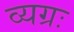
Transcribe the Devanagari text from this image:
व्यग्रः